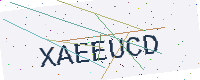
Text: XAEEUCD